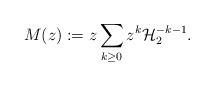
LaTeX: \begin{align*}M(z) := z \displaystyle\sum_{k \geq 0} z^{k} \mathcal{H}_{2}^{-k - 1}.\end{align*}